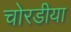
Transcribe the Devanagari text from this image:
चोरडीया